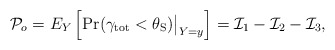
\begin{align*}\mathcal{P}_o = E_Y \left[ \mathrm{Pr}(\gamma_{\mathrm{tot}} < \theta_{\mathrm{S}}) \big|_{Y = y} \right] = \mathcal{I}_1 - \mathcal{I}_2 - \mathcal{I}_3,\end{align*}